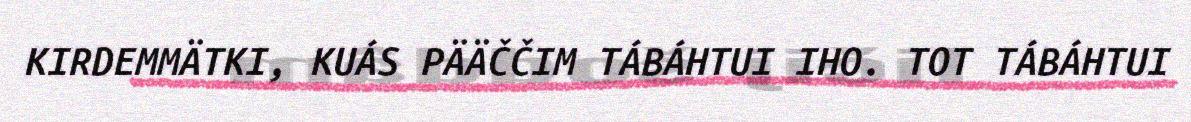
KIRDEMMÄTKI, KUÁS PÄÄČČIM TÁBÁHTUI IHO. TOT TÁBÁHTUI